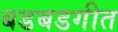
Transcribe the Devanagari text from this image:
बडबडगीत